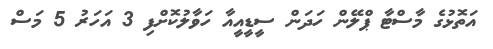
އަތޮޅުގެ މާސްޓާ ޕްލޭން ހަދަން ސީޑީއީއާ ހަވާލުކޮށްފި 3 އަހަރު 5 މަސް